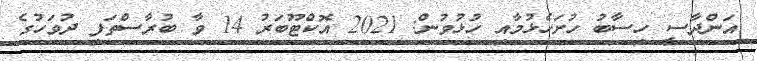
އަންދާސީ ހިސާބު ހުށަހެޅުމާއި ހުޅުވުން: 2021 އޮކްޓޫބަރު 14 ވާ ބުރާސްތަފި ދުވަހުގެ